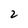
Character: 2